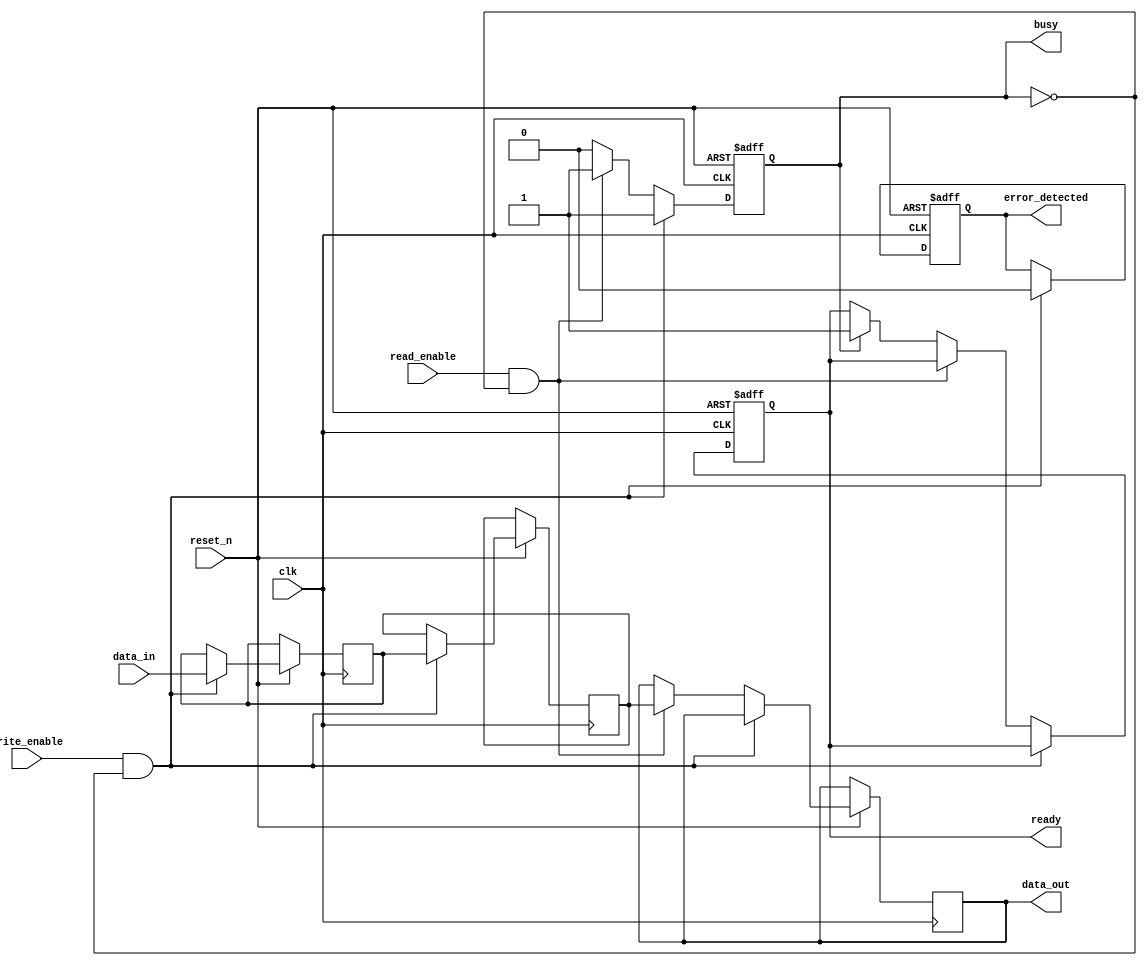
module PCM_IO_Block (
    input wire clk,                // System clock
    input wire reset_n,            // Active low reset
    input wire [7:0] data_in,      // Parallel data input
    input wire write_enable,        // Write control signal
    input wire read_enable,         // Read control signal
    output reg [7:0] data_out,      // Parallel data output
    output reg ready,               // Indicates module is ready
    output reg busy,                // Indicates ongoing operation
    output reg error_detected       // Indicates error in data
);

// Internal registers and wires
reg [7:0] memory_cell;              // Represents the memory cell
reg [7:0] buffer;                   // Data buffer
reg data_valid;                     // Flag for valid data

// Control signal block
always @(posedge clk or negedge reset_n) begin
    if (!reset_n) begin
        busy <= 0;
        ready <= 1;
        error_detected <= 0;
    end
    else begin
        if (write_enable && !busy) begin
            busy <= 1;              // Start write operation
            buffer <= data_in;      // Store data in buffer
            // Sample error checking (simple example)
            if (data_in[0] == 1'bX) error_detected = 1; // Example error
            else error_detected = 0;
            memory_cell <= buffer;   // Write data to memory cell
        end
        else if (read_enable && !busy) begin
            busy <= 1;              // Start read operation
            data_out <= memory_cell; // Read data output
            data_valid <= 1;       // Set valid data flag for output
        end
        else begin
            if (busy) begin
                ready <= 0;         // Not ready during operation
                busy <= 0;          // Operation finished
                ready <= 1;         // Indicate ready for next operation
            end
        end
    end
end

// Timing control for read/write operations (simplified)
always @(posedge clk) begin
    if (data_valid) begin
        // Release the valid data flag after action
        data_valid <= 0;
    end
end

endmodule